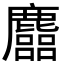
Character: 𪋦